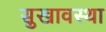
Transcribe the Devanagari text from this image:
सुखावस्था